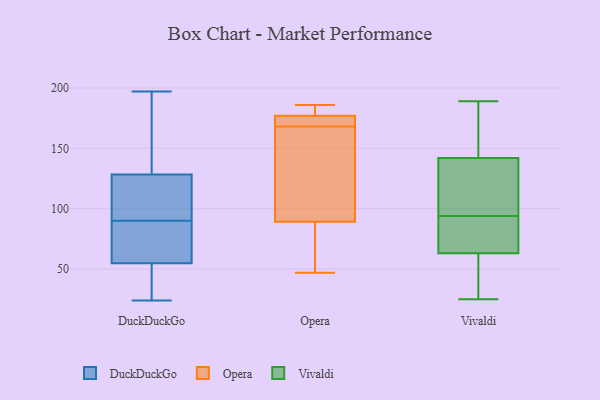
{"axis": {"x": "Budget (USD K)", "y": "Value"}, "legend": ["DuckDuckGo", "Opera", "Vivaldi"], "data": [{"x": "", "y": 54, "type": "DuckDuckGo"}, {"x": "", "y": 68, "type": "DuckDuckGo"}, {"x": "", "y": 24, "type": "DuckDuckGo"}, {"x": "", "y": 129, "type": "DuckDuckGo"}, {"x": "", "y": 90, "type": "DuckDuckGo"}, {"x": "", "y": 184, "type": "DuckDuckGo"}, {"x": "", "y": 83, "type": "DuckDuckGo"}, {"x": "", "y": 51, "type": "DuckDuckGo"}, {"x": "", "y": 128, "type": "DuckDuckGo"}, {"x": "", "y": 105, "type": "DuckDuckGo"}, {"x": "", "y": 147, "type": "DuckDuckGo"}, {"x": "", "y": 55, "type": "DuckDuckGo"}, {"x": "", "y": 49, "type": "DuckDuckGo"}, {"x": "", "y": 197, "type": "DuckDuckGo"}, {"x": "", "y": 118, "type": "DuckDuckGo"}, {"x": "", "y": 81, "type": "DuckDuckGo"}, {"x": "", "y": 94, "type": "DuckDuckGo"}, {"x": "", "y": 47, "type": "Opera"}, {"x": "", "y": 114, "type": "Opera"}, {"x": "", "y": 169, "type": "Opera"}, {"x": "", "y": 172, "type": "Opera"}, {"x": "", "y": 185, "type": "Opera"}, {"x": "", "y": 115, "type": "Opera"}, {"x": "", "y": 55, "type": "Opera"}, {"x": "", "y": 180, "type": "Opera"}, {"x": "", "y": 174, "type": "Opera"}, {"x": "", "y": 178, "type": "Opera"}, {"x": "", "y": 51, "type": "Opera"}, {"x": "", "y": 186, "type": "Opera"}, {"x": "", "y": 89, "type": "Opera"}, {"x": "", "y": 168, "type": "Opera"}, {"x": "", "y": 90, "type": "Opera"}, {"x": "", "y": 75, "type": "Vivaldi"}, {"x": "", "y": 89, "type": "Vivaldi"}, {"x": "", "y": 114, "type": "Vivaldi"}, {"x": "", "y": 59, "type": "Vivaldi"}, {"x": "", "y": 94, "type": "Vivaldi"}, {"x": "", "y": 121, "type": "Vivaldi"}, {"x": "", "y": 52, "type": "Vivaldi"}, {"x": "", "y": 25, "type": "Vivaldi"}, {"x": "", "y": 149, "type": "Vivaldi"}, {"x": "", "y": 186, "type": "Vivaldi"}, {"x": "", "y": 189, "type": "Vivaldi"}]}